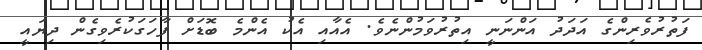
ފަތުރުވެރިންގެ އަދަދު އަންނަނީ އިތުރުވަމުންނެވެ. އެއާއި އެކު އެންމެ ބޮޑަށް ފާހަގަކުރެވިގެން ދިޔައީ